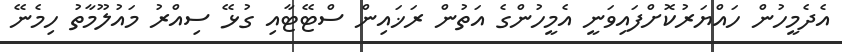
އެދެމީހުން ހައްޔަރުކޮށްފައިވަނީ އެމީހުންގެ އަތުން ރަޚައިން ސްޓޭޓާއި ގުޅޭ ސިއްރު މައުލޫމާތު ހިމެނޭ